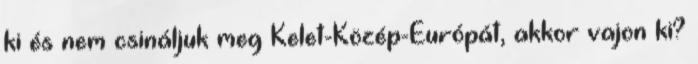
ki és nem csináljuk meg Kelet-Közép-Európát, akkor vajon ki?